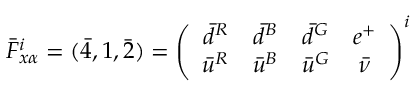
{ \bar { F } } _ { x \alpha } ^ { i } = ( \bar { 4 } , 1 , \bar { 2 } ) = \left( \begin{array} { c c c c } { { \bar { d } ^ { R } } } & { { \bar { d } ^ { B } } } & { { \bar { d } ^ { G } } } & { { e ^ { + } } } \\ { { \bar { u } ^ { R } } } & { { \bar { u } ^ { B } } } & { { \bar { u } ^ { G } } } & { { \bar { \nu } } } \end{array} \right) ^ { i }